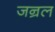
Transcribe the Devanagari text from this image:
जन्रल